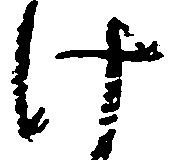
け